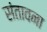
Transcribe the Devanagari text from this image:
संतावना